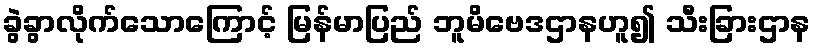
ခွဲခွာလိုက်သောကြောင့် မြန်မာပြည် ဘူမိဗေဒဌာနဟူ၍ သီးခြားဌာန